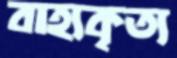
বাহ্যকৃত্য